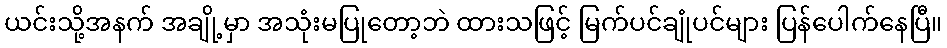
ယင်းသို့အနက် အချို့မှာ အသုံးမပြုတော့ဘဲ ထားသဖြင့် မြက်ပင်ချုံပင်များ ပြန်ပေါက်နေပြီ။